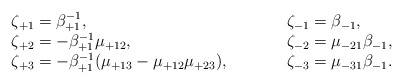
\begin{align*}\begin{array}{lcl}\zeta_{+1} = \beta_{+1}^{-1}, &\qquad& \zeta_{-1} = \beta_{-1}, \\\zeta_{+2} = -\beta_{+1}^{-1} \mu_{+12}, &\qquad& \zeta_{-2} =\mu_{-21} \beta_{-1}, \\\zeta_{+3} = - \beta_{+1}^{-1} (\mu_{+13} - \mu_{+12} \mu_{+23}),&\qquad& \zeta_{-3} = \mu_{-31} \beta_{-1}.\end{array}\end{align*}